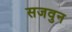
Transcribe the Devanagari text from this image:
सजवुन